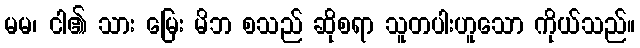
မမ၊ ငါ၏ သား မြေး မိဘ စသည် ဆိုစရာ သူတပါးဟူသော ကိုယ်သည်။